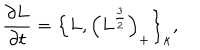
\frac { \partial L } { \partial t } = \Big \{ L , \Big ( L ^ { \frac { 3 } { 2 } } \Big ) _ { + } \Big \} _ { \kappa } ,